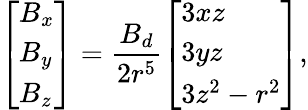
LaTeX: \left[\begin{array}{l}{B_{x}}\\ {B_{y}}\\ {B_{z}}\end{array}\right]=\frac{B_{d}}{2r^{5}}\left[\begin{array}{l}{3xz}\\ {3yz}\\ {3z^{2}-r^{2}}\end{array}\right],